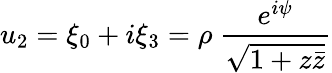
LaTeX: u_{2}=\xi_{0}+i\xi_{3}=\rho~\frac{e^{i\psi}}{\sqrt{1+z\bar{z}}}